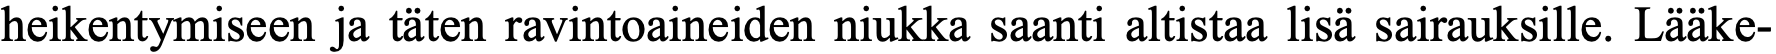
heikentymiseen ja täten ravintoaineiden niukka saanti altistaa lisä sairauksille. Lääke-